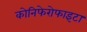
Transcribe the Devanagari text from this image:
कोनिफेरोफाइटा